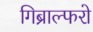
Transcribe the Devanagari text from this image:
गिब्राल्फरो